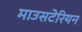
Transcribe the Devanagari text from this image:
माउसटेरियन